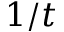
1 / t